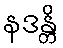
နဒန္တိ